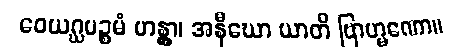
ဝေယဂ္ဃပဉ္စမံ ဟန္တွာ၊ အနီဃော ယာတိ ဗြာဟ္မဏော။